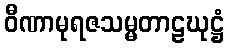
ဝီဏာမုရဇသမ္မတာဠဃုဋ္ဌံ